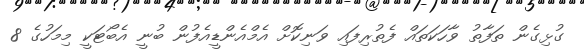
ގުޅިގެން ތަފާތު ވާހަކަތައް ފެތުރިފައި ވަނިކޮށް އެމްއެންޑީއެފުން ބުނީ އެބޯޓަކީ މިމަހުގެ 8